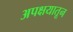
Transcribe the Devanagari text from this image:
अपक्षयातून